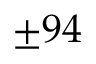
\pm 9 4